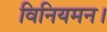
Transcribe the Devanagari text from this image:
विनियमन।